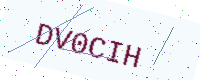
Text: DV0CIH